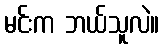
မင်းက ဘယ်သူလဲ။